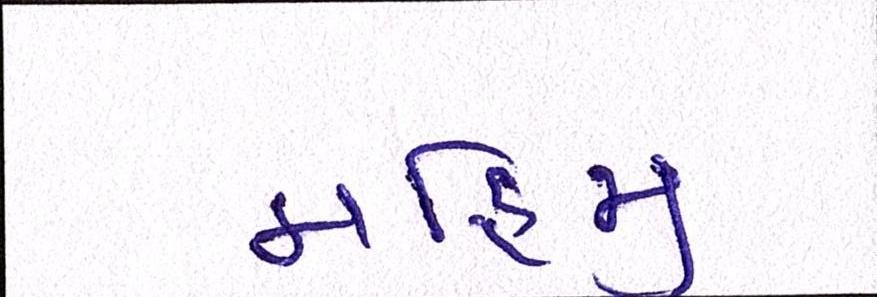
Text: મહિજી